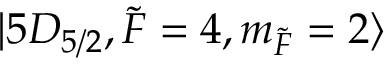
\lvert 5 D _ { 5 / 2 } , \Tilde { F } = 4 , m _ { \Tilde { F } } = 2 \rangle